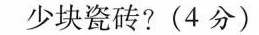
块瓷砖?(4分)